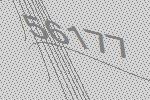
56177